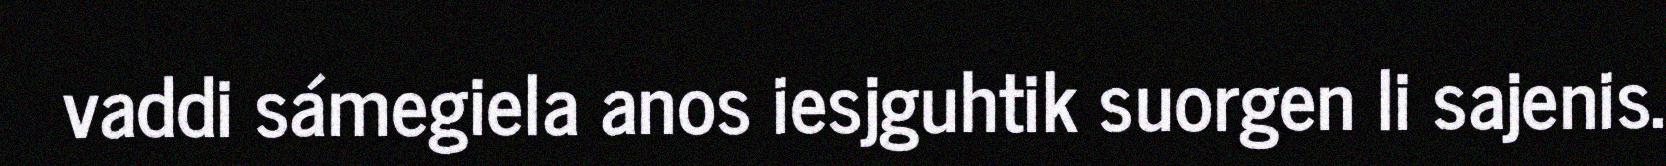
vaddi sámegiela anos iesjguhtik suorgen li sajenis.